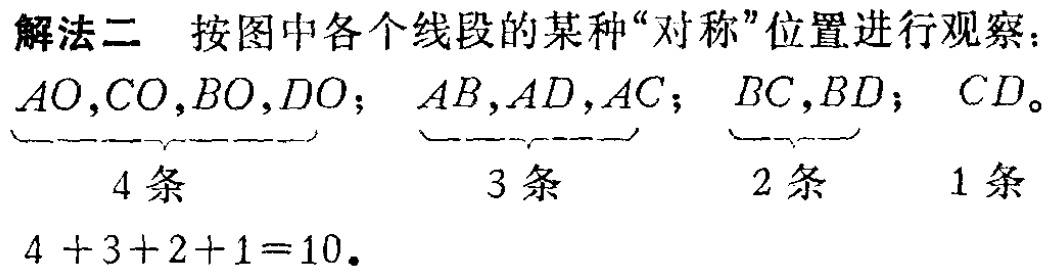
解法二 按图中各个线段的某种“对称”位置进行观察：

\(AO,CO,BO,DO\)；\(AB,AD,AC\)；\(BC,BD\)；\(CD\)。

\(\underbrace{AO,CO,BO,DO}_{4条}\)；\(\underbrace{AB,AD,AC}_{3条}\)；\(\underbrace{BC,BD}_{2条}\)；\(1条\)

\(4 + 3+2 + 1=10\)。